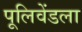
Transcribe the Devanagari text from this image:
पूलिवेंडला